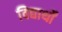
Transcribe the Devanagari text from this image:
विद्यार्थों